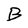
Character: B